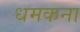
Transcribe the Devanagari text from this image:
धमकना